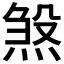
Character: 𪹉